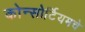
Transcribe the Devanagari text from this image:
कोन्सोर्टियमचे